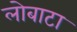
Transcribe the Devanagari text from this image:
लोबाटा